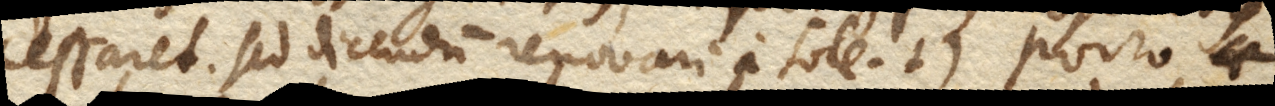
cessaret. Sed dicendum renovari a sole.) Porro